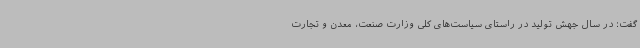
گفت: در سال جهش تولید در راستای سیاست‌های کلی وزارت صنعت، معدن و تجارت